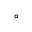
^ \circ